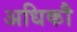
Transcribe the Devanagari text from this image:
अधिकौ